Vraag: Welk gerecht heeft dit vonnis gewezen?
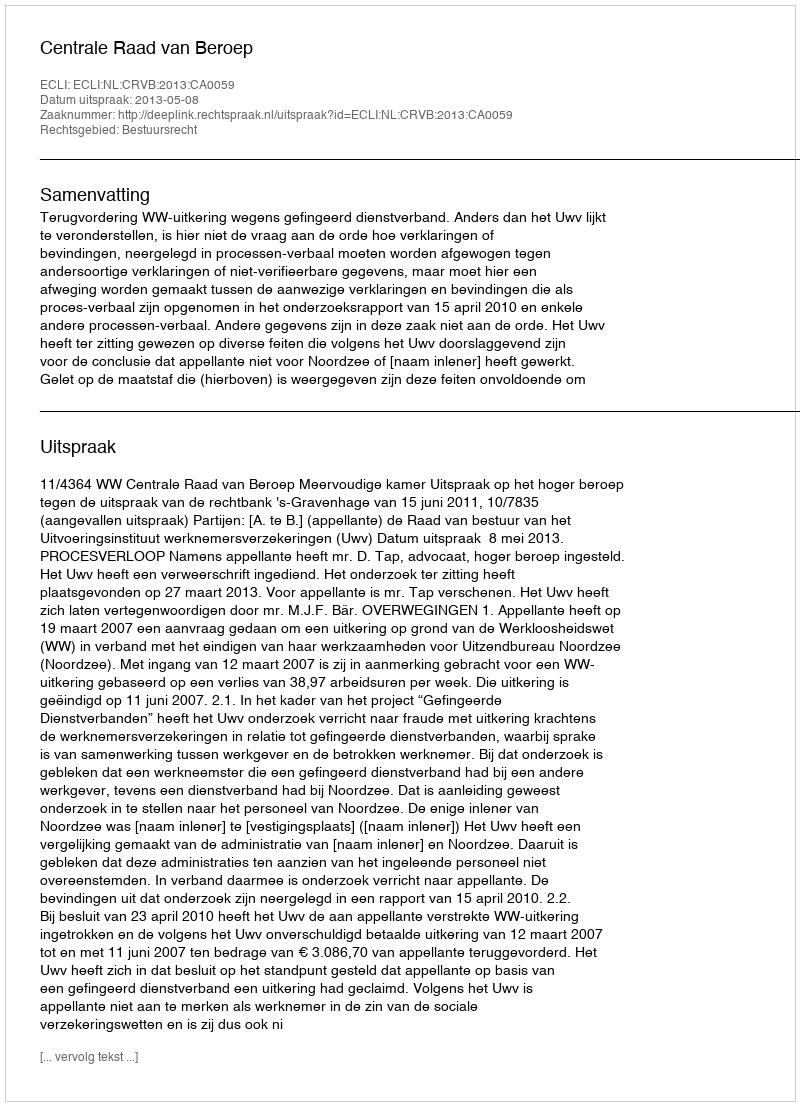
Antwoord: Centrale Raad van Beroep